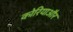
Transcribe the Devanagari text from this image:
कोरियाऔर